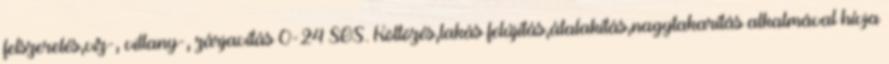
felszerelés,víz-, villany-, zárjavítás 0-24 SOS. Költözés,lakás felújítás,átalakítás,nagytakarítás alkalmával hívja